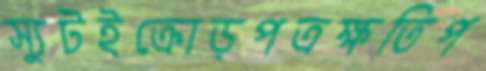
স্যুটইক্রোড়পত্রক্ষতিপ